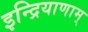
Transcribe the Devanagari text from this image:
इन्द्रियाणाम्